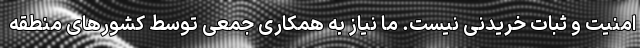
امنیت و ثبات خریدنی نیست. ما نیاز به همکاری جمعی توسط کشورهای منطقه